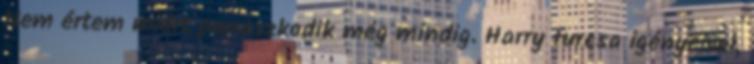
Nem értem miért panaszkodik még mindig. Harry furcsa igényeivel,